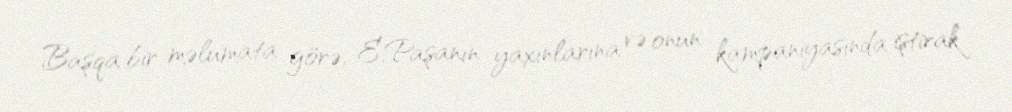
Başqa bir məlumata görə, E.Paşanın yaxınlarına və onun kampaniyasında iştirak